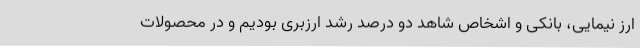
ارز نیمایی، بانکی و اشخاص شاهد دو درصد رشد ارزبری بودیم و در محصولات